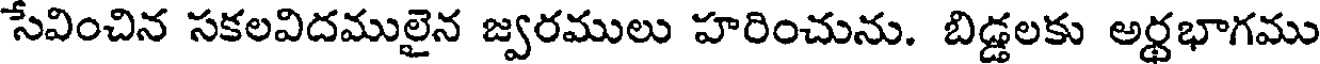
సేవించిన సకలవిదములైన జ్వరములు హరించును. బిడ్డలకు అర్థభాగము